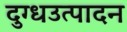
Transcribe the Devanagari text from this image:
दुग्धउत्पादन